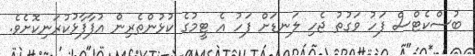
ބުސްކެޓްސް ފަހު ވަގުތު ޖެހި ލަނޑަށް ފަހު އެ ޓީމުގެ ކުޅުންތެރިން އުފާފާޅުކުރަނިކޮށެވެ.